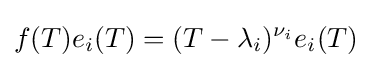
f(T)e_{i}(T)=(T-\lambda _{i})^{\nu _{i}}e_{i}(T)